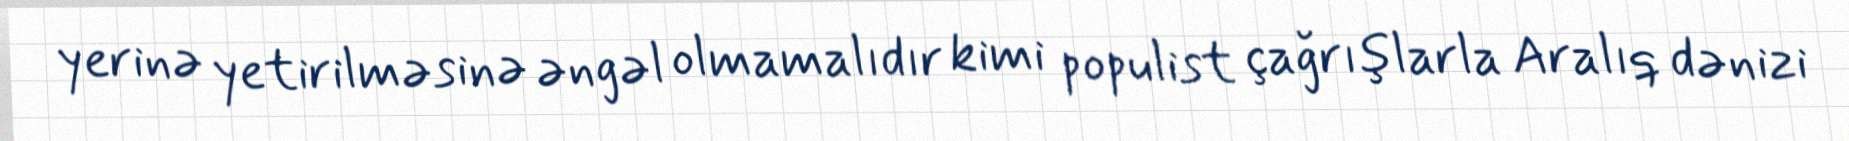
yerinə yetirilməsinə əngəl olmamalıdır kimi populist çağrışlarla Aralıq dənizi